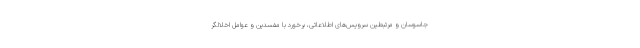
جاسوسان و مرتبطین سرویس‌های اطلاعاتی، برخورد با مفسدین و عوامل اخلالگر